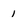
Character: 1